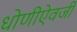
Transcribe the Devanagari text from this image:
धोणीऐवजी